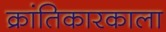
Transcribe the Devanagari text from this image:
क्रांतिकारकाला